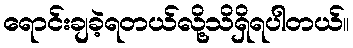
ရောင်းချခဲ့ရတယ်လို့သိရှိရပါတယ်။